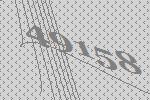
49158